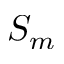
S _ { m }